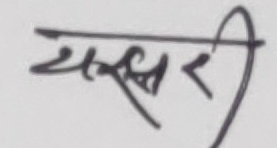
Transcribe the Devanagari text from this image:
यस्वरी